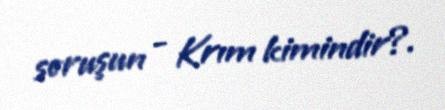
soruşun - Krım kimindir?.